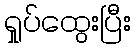
ရှုပ်ထွေးပြီး